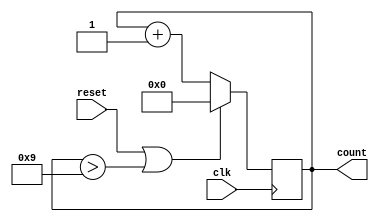
module dec_counter(count, clk, reset);
output reg [3:0] count;
input clk, reset;

always @ (posedge clk)
begin
  if (reset || count>4'd9) count <= 4'd0;
  else count <= count+1;
end
endmodule